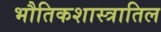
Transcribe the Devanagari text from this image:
भौतिकशास्त्रातिल